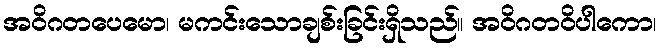
အဝိဂတပေမော၊ မကင်းသောချစ်းခြင်းရှိသည်။ အဝိဂတဝိပါကော၊